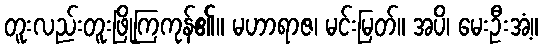
တူးလည်းတူးဖြိုကြကုန်၏။ မဟာရာဇ၊ မင်းမြတ်။ အပိ၊ မေးဦးအံ့။